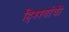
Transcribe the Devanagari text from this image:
हिश्श्यांची